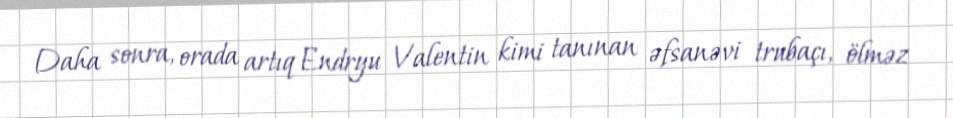
Daha sonra, orada artıq Endryu Valentin kimi tanınan əfsanəvi trubaçı, ölməz